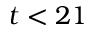
t < 2 1